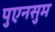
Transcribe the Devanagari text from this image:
पुएनसुम